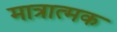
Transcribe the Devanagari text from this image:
मात्रात्‍मक